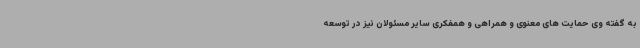
به گفته وی حمایت های معنوی و همراهی و همفکری سایر مسئولان نیز در توسعه